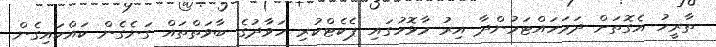
ތާރީހު އެގޮތަށް ދަމަހައްޓަމުންދާ އިރު މާޅޮހުގައި ޕެކެޓްކުރި ހަވާދުގެ ބާވަތްތައް ގަނެގެން ކައްކައިގެން